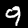
Digit: 9